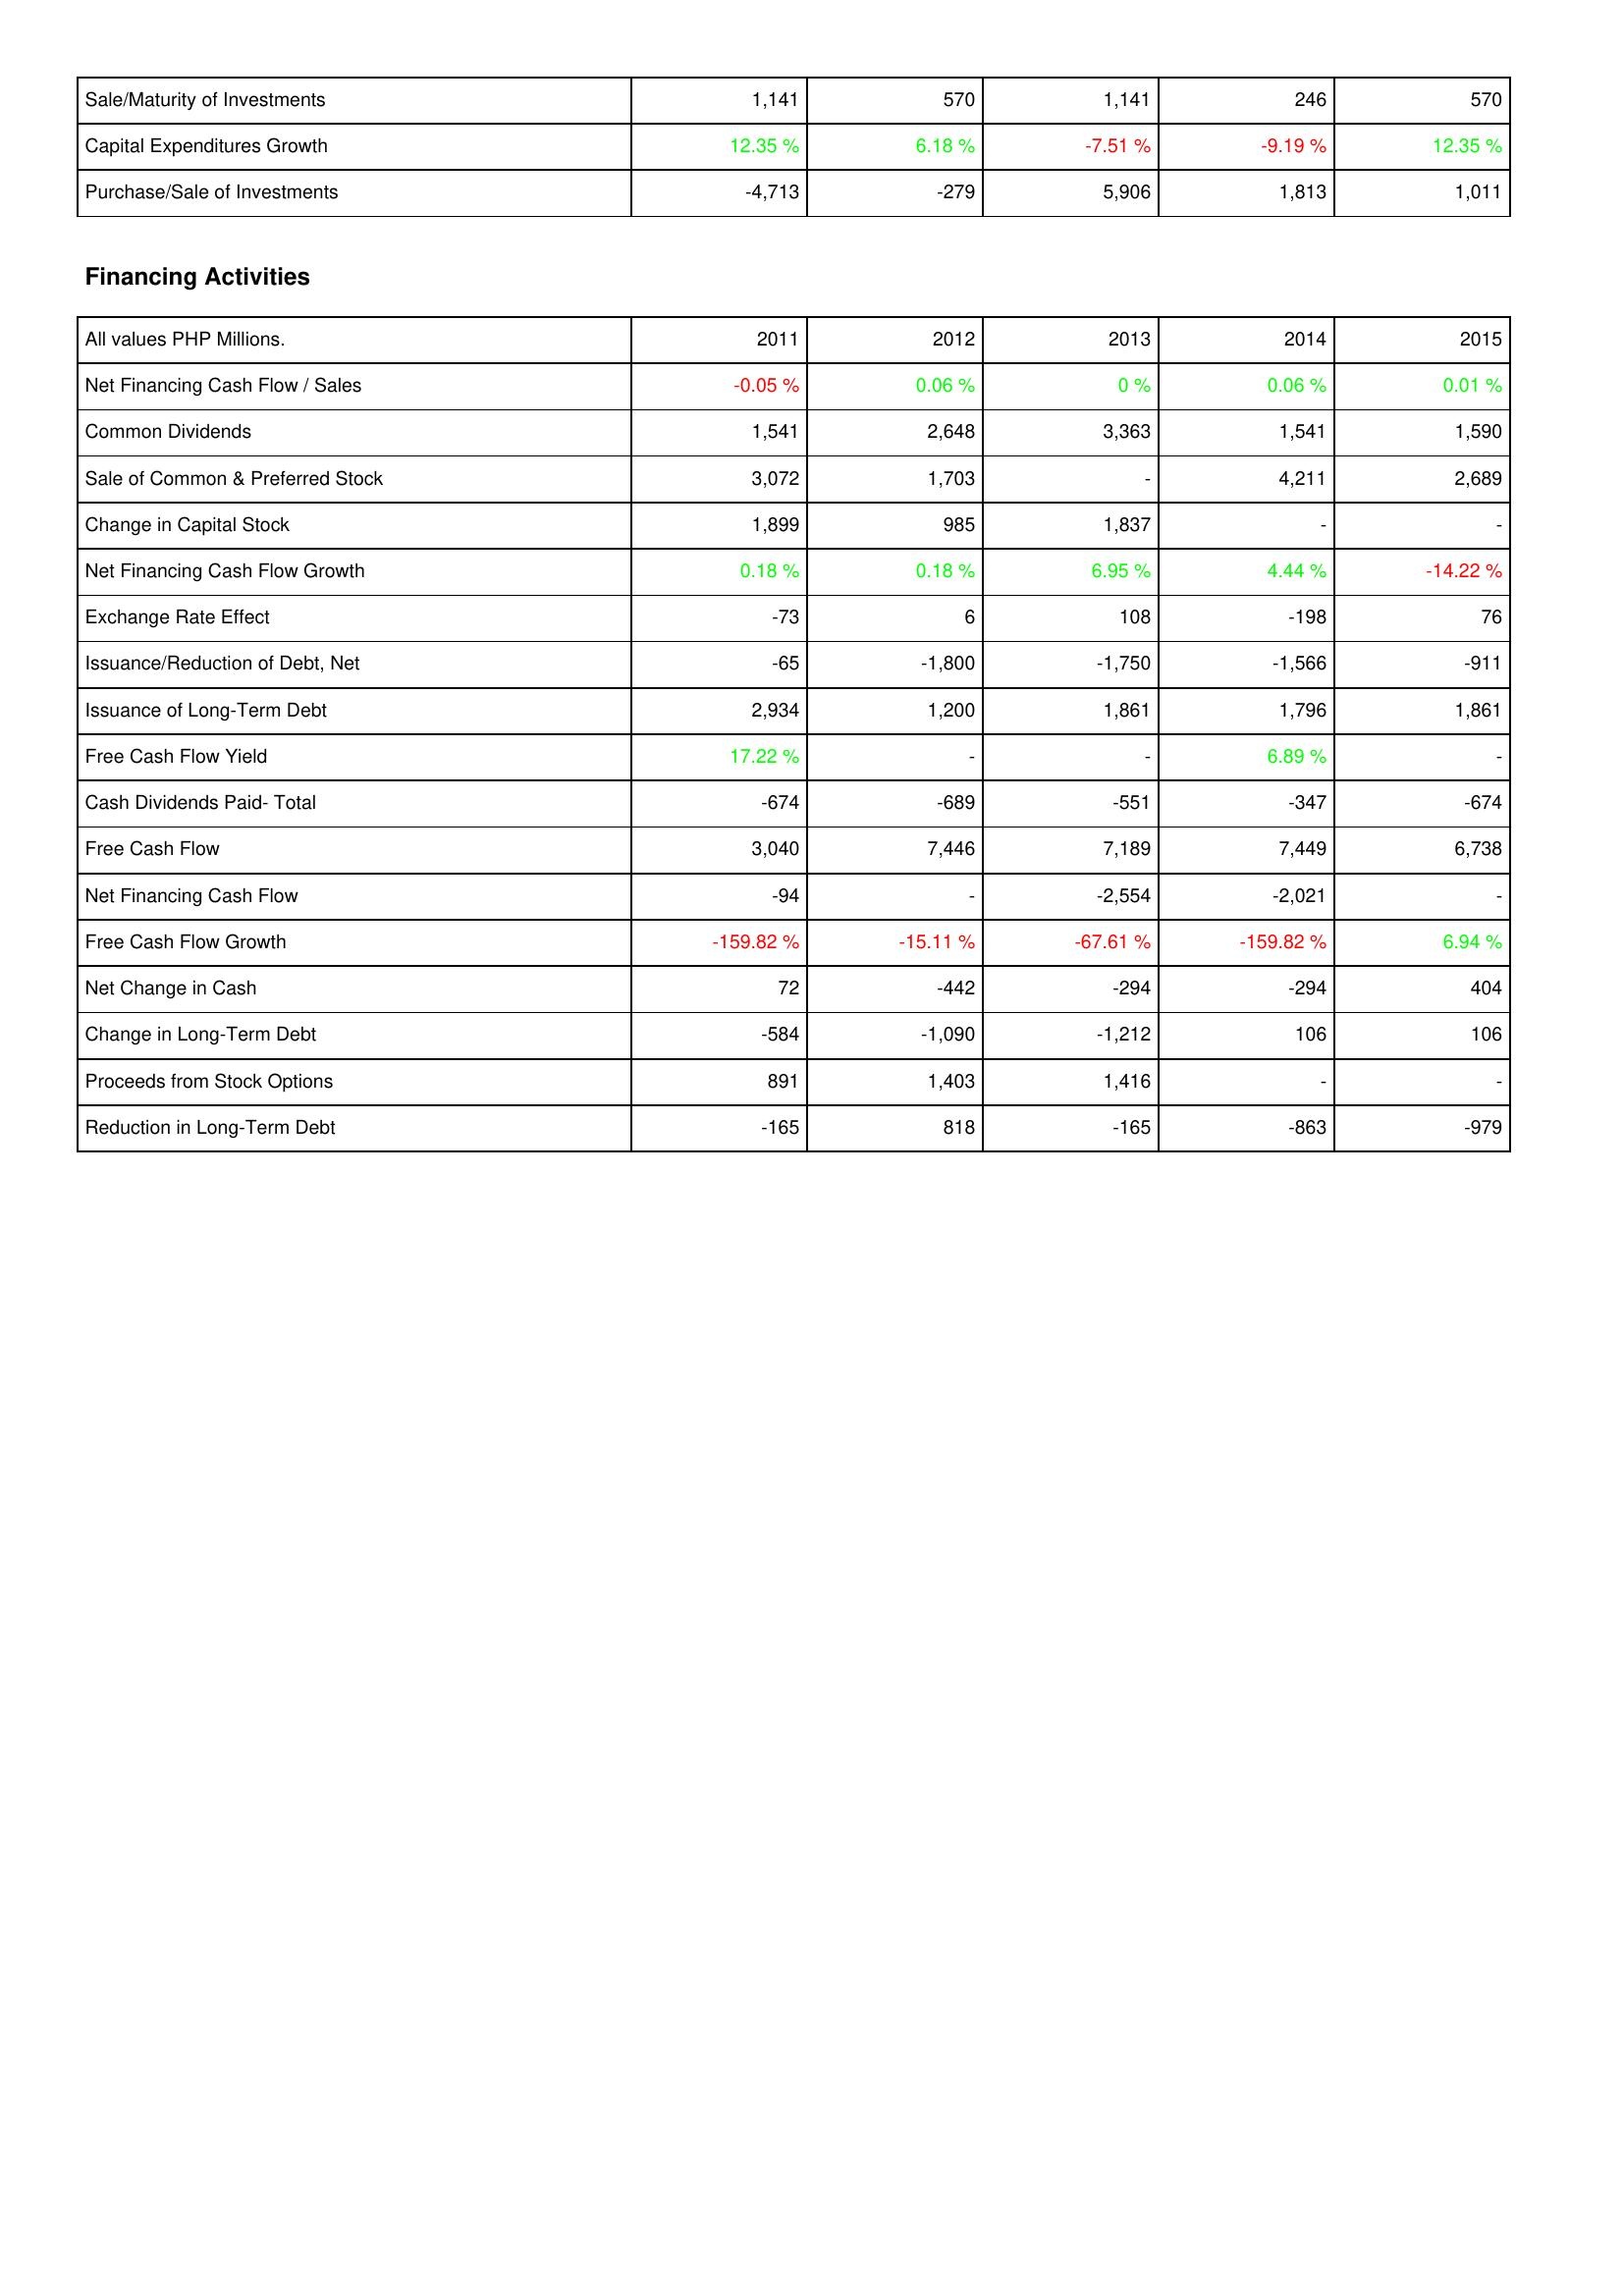
2011: Investing Activities: Sale/Maturity of Investments: 1,141
Capital Expenditures Growth: 12.35 %
Purchase/Sale of Investments: -4,713
Financing Activities: Net Financing Cash Flow / Sales: -0.05 %
Common Dividends: 1,541
Sale of Common & Preferred Stock: 3,072
Change in Capital Stock: 1,899
Net Financing Cash Flow Growth: 0.18 %
Exchange Rate Effect: -73
Issuance/Reduction of Debt, Net: -65
Issuance of Long-Term Debt: 2,934
Free Cash Flow Yield: 17.22 %
Cash Dividends Paid- Total: -674
Free Cash Flow: 3,040
Net Financing Cash Flow: -94
Free Cash Flow Growth: -159.82 %
Net Change in Cash: 72
Change in Long-Term Debt: -584
Proceeds from Stock Options: 891
Reduction in Long-Term Debt: -165
2012: Investing Activities: Sale/Maturity of Investments: 570
Capital Expenditures Growth: 6.18 %
Purchase/Sale of Investments: -279
Financing Activities: Net Financing Cash Flow / Sales: 0.06 %
Common Dividends: 2,648
Sale of Common & Preferred Stock: 1,703
Change in Capital Stock: 985
Net Financing Cash Flow Growth: 0.18 %
Exchange Rate Effect: 6
Issuance/Reduction of Debt, Net: -1,800
Issuance of Long-Term Debt: 1,200
Free Cash Flow Yield: -
Cash Dividends Paid- Total: -689
Free Cash Flow: 7,446
Net Financing Cash Flow: -
Free Cash Flow Growth: -15.11 %
Net Change in Cash: -442
Change in Long-Term Debt: -1,090
Proceeds from Stock Options: 1,403
Reduction in Long-Term Debt: 818
2013: Investing Activities: Sale/Maturity of Investments: 1,141
Capital Expenditures Growth: -7.51 %
Purchase/Sale of Investments: 5,906
Financing Activities: Net Financing Cash Flow / Sales: 0 %
Common Dividends: 3,363
Sale of Common & Preferred Stock: -
Change in Capital Stock: 1,837
Net Financing Cash Flow Growth: 6.95 %
Exchange Rate Effect: 108
Issuance/Reduction of Debt, Net: -1,750
Issuance of Long-Term Debt: 1,861
Free Cash Flow Yield: -
Cash Dividends Paid- Total: -551
Free Cash Flow: 7,189
Net Financing Cash Flow: -2,554
Free Cash Flow Growth: -67.61 %
Net Change in Cash: -294
Change in Long-Term Debt: -1,212
Proceeds from Stock Options: 1,416
Reduction in Long-Term Debt: -165
2014: Investing Activities: Sale/Maturity of Investments: 246
Capital Expenditures Growth: -9.19 %
Purchase/Sale of Investments: 1,813
Financing Activities: Net Financing Cash Flow / Sales: 0.06 %
Common Dividends: 1,541
Sale of Common & Preferred Stock: 4,211
Change in Capital Stock: -
Net Financing Cash Flow Growth: 4.44 %
Exchange Rate Effect: -198
Issuance/Reduction of Debt, Net: -1,566
Issuance of Long-Term Debt: 1,796
Free Cash Flow Yield: 6.89 %
Cash Dividends Paid- Total: -347
Free Cash Flow: 7,449
Net Financing Cash Flow: -2,021
Free Cash Flow Growth: -159.82 %
Net Change in Cash: -294
Change in Long-Term Debt: 106
Proceeds from Stock Options: -
Reduction in Long-Term Debt: -863
2015: Investing Activities: Sale/Maturity of Investments: 570
Capital Expenditures Growth: 12.35 %
Purchase/Sale of Investments: 1,011
Financing Activities: Net Financing Cash Flow / Sales: 0.01 %
Common Dividends: 1,590
Sale of Common & Preferred Stock: 2,689
Change in Capital Stock: -
Net Financing Cash Flow Growth: -14.22 %
Exchange Rate Effect: 76
Issuance/Reduction of Debt, Net: -911
Issuance of Long-Term Debt: 1,861
Free Cash Flow Yield: -
Cash Dividends Paid- Total: -674
Free Cash Flow: 6,738
Net Financing Cash Flow: -
Free Cash Flow Growth: 6.94 %
Net Change in Cash: 404
Change in Long-Term Debt: 106
Proceeds from Stock Options: -
Reduction in Long-Term Debt: -979